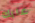
عليك